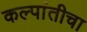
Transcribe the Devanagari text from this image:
कल्पांतीचा